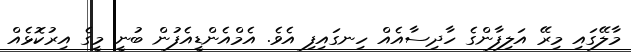
މާލޭގައި މިރޭ އަލިފާާންގެ ހާދިސާއެއް ހިނގައިފި އެވެ. އެމްއެންޑީއެފުން ބުނީ މީގެ އިރުކޮޅެއް